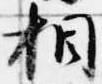
相